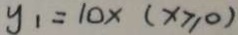
y _ { 1 } = 1 0 \times ( x \geq 0 )